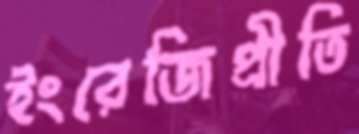
ইংরেজিপ্রীতি